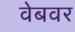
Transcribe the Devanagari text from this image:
वेबवर